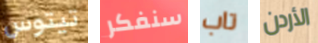
تيتوس سنفكر تاب الأردن